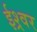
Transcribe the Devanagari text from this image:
ईश्र्वर